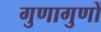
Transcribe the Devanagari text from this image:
गुणागुणों